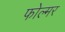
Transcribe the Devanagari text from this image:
फोल्मर